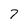
Character: 7